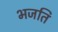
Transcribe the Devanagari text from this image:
भजति